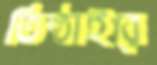
তিষ্ঠাইবে